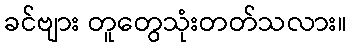
ခင်ဗျား တူတွေသုံးတတ်သလား။